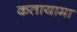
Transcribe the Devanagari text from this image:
कतायामा